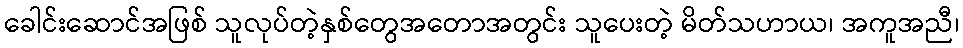
ခေါင်းဆောင်အဖြစ် သူလုပ်တဲ့နှစ်တွေအတောအတွင်း သူပေးတဲ့ မိတ်သဟာယ၊ အကူအညီ၊